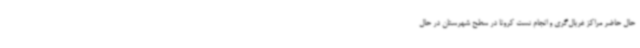
حال حاضر مراکز غربال‌گری و انجام تست کرونا در سطح شهرستان در حال